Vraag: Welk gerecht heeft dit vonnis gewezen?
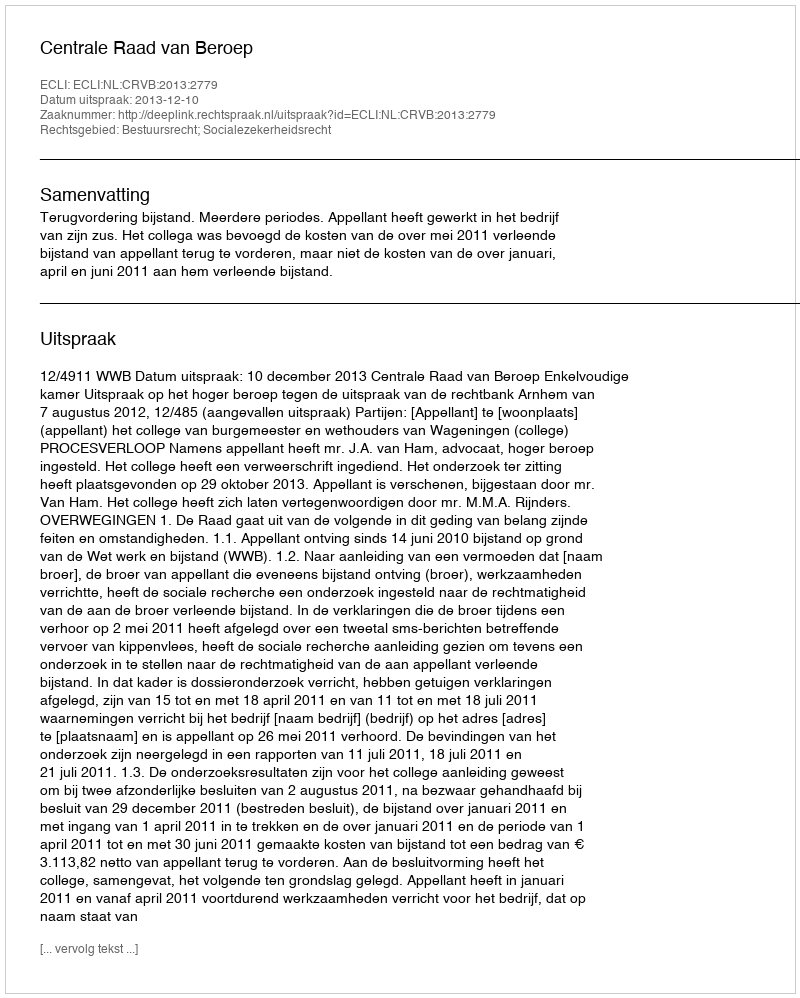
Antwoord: Centrale Raad van Beroep